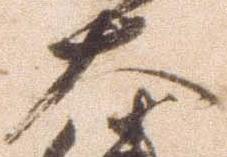
大